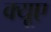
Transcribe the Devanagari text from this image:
क्यूए